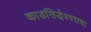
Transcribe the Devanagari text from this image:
काडसिद्धेश्वराचा